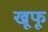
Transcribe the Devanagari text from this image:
खूफू